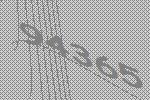
94365